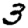
Digit: 3